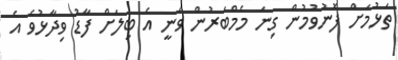
ތަޅުމަށް ފޮނުވުމުން ގިނަ މެމްބަރުން ވަނީ އެ ބިލަށް ފާޑު ވިދާޅުވެ އެ